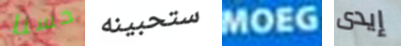
حسنا ستحبينه MOEG إيدى